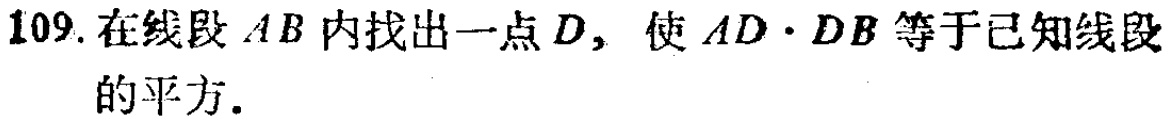
109. 在线段 \(AB\) 内找出一点 \(D\)，使 \(AD\cdot DB\) 等于已知线段的平方.